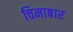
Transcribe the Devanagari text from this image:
चिनाबार